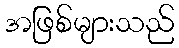
အဖြစ်များသည်